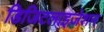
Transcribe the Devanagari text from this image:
डिजिटलाइज़ेशन